Report of the Indian Hemp Drugs Commission, 1894-1895 - Volume VII
Year: 1894
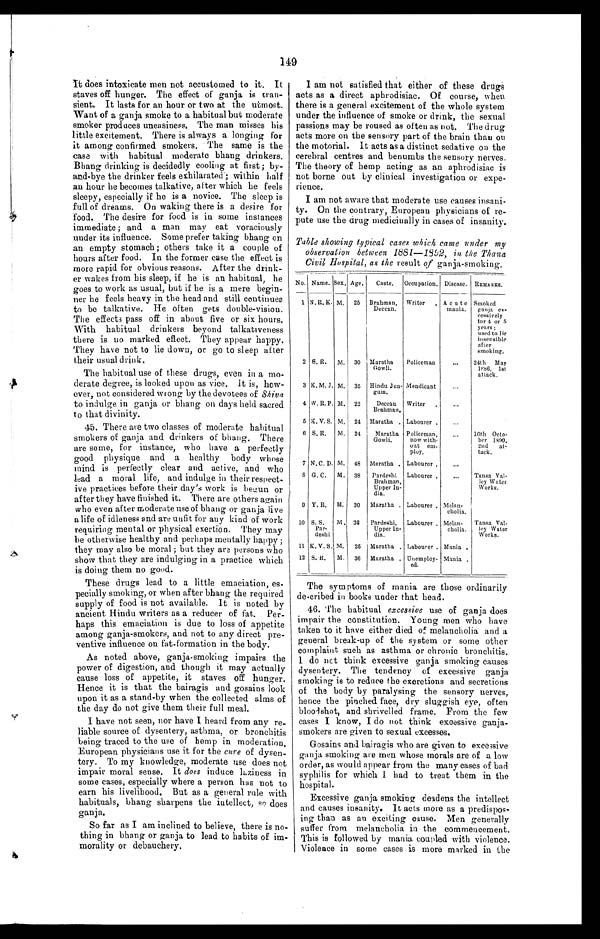
45. There are two classes of moderate habitual
smokers of ganja and drinkers of bhang. There
are some, for instance, who have a perfectly
good physique and a healthy body whose
mind is perfectly clear and active, and who
lead a moral life, and indulge in their respect-
ive practices before their day's work is begun or
after they have finished it. There are others again
who even after moderate use of bhang or ganja live
a life of idleness and are unfit for any kind of work
requiring mental or physical exertion. They may
be otherwise healthy and perhaps mentally happy ;
they may also be moral ; but they are persons who
show that they are indulging in a practice which
is doing them no good.
These drugs lead to a little emaciation, es-
pecially smoking, or when after bhang the required
supply of food is not available. It is noted by
ancient Hindu writers as a reducer of fat. Per-
haps this emaciation is due to loss of appetite
among ganja-smokers, and not to any direct pre-
ventive influence on fat-formation in the body.
As noted above, ganja-smoking impairs the
power of digestion, and though it may actually
cause loss of appetite, it staves off hunger.
Hence it is that the bairagis and gosains look
upon it as a stand-by when the collected alms of
the day do not give them their full meal.
I have not seen, nor have I heard from any re-
liable source of dysentery, asthma, or bronchitis
being traced to the use of hemp in moderation.
European physicians use it for the cure of dysen
-
tery. To my knowledge, moderate use does not
impair moral sense. It does induce laziness in
some cases, especially where a person has not to
earn his livelihood. But as a general rule with
habituals, bhang sharpens the intellect, so does
ganja.
So far as I am inclined to believe, there is no-
thing in bhang or ganja to lead to habits of im-
morality or debauchery.
149
It does intoxicate men not accustomed to it. It
staves off hunger. The effect of ganja is tran-
sient. It lasts for an hour or two at the utmost.
Want of a ganja smoke to a habitual but moderate
smoker produces uneasiness. The man misses his
little excitement. There is always a longing for
it among confirmed smokers. The same is the
case with habitual moderate bhang drinkers.
Bhang drinking is decidedly cooling at first; by-
and-bye the drinker feels exhilarated; within half
an hour he becomes talkative, after which he feels
sleepy, especially if he is a novice. The sleep is
full of dreams. On waking there is a desire for
food. The desire for food is in some instances
immediate ; and a man may eat voraciously
under its influence. Some prefer taking bhang on
an empty stomach ; others take it a couple of
hours after food. In the former case the effect is
more rapid for obvious reasons. After the drink-
er wakes from his sleep, if he is an habitual, he
goes to work as usual, but if he is a mere begin-
ner be feels heavy in. the head and still continues
to be talkative. He often gets double-vision.
The effects pass off in about five or six hours.
With habitual drinkers beyond talkativeness
there is no marked effect. They appear happy.
They have not to lie down, or go to sleep after
their usual drink.
The habitual use of these drugs, even in a mo-
derate degree, is looked upon as vice. It is, how-
ever, not considered wrong by the devotees of Shiva
to indulge in ganja or bhang on days held sacred
to that divinity.
I am not satisfied that either of these drug s
acts as a direct aphrodisiac. Of course, when
there is a general excitement of the whole system
under the influence of smoke or drink, the sexual
passions may be roused as often as not. The drug
acts more on the sensory part of the brain than on
the motorial. It acts as a distinct sedative on the
cerebral centres and benumbs the sensory nerves.
The theory of hemp acting as an aphrodisiac is
not borne out by clinical investigation or expe-
rience.
I am not aware that moderate use causes insani-
ty. On the contrary, European physicians of re-
pute use the drug medicinally in cases of insanity.
Table showing typical cases which came under my
observation between 1881–1892, in the Thana
Civil Hospital, as the result of ganja-smoking.
No. Name. Sex. A g e .
Caste.
Occupation. Disease. REMARKS.
1 N. R. K. M.
25 Brahman,
Deccan.
Writer. A cute
mania.
Smoked
ganja ex
-
cessively
f or 4 or 5
years ;
used to lie
insensible
after
smoking.
2 S. R.
M. 30 Maratha
Gowli.
Policeman
...
24th May
188 6, 1s
t a t t a c k .
3 K. M. J. M. 35 Hindu Jun
-
gum.
Mendicant
...
4 W. R. P. M. 22
Deccan
Brahman.
Writer
...
5 K. V. S. M. 24 Maratha . Labourer .
...
6 S. R.
M.
34
Maratha
Gowli.
Policeman,
now with
-
out e
m
-
ploy.
...
10th Octo
-
ber 1890.
dud at
-
tack.
7 N. C. D. M. 48 Maratha . Labourer .
...
8 G. C.
M. 38
Pardeshi ,
Brahman,
Upper In
-
dia.
Labourer .
. . .
Tansa Val
-l
cy Water
Works.
9 Y. R.
M.
30
Maratha . Labourer . Melan
-
cholia.
10 S. S.
Par
-
deshi
M. 36
Pardeshi,
Upper In
-
dia.
Labourer . Melan
-
cholia.
Tansa Val
-
ley Water
Works.
11 K. V. S. M.
25 Maratha . Labourer . Mania .
12 S. R.
M.
36 Maratha . Unemploy
-
ed.
Mania .
The symptoms of mania are those ordinarily
described in books under that head.
46. The habitual excessive use of ganja does
impair the constitution. Young men who have
taken to it have either died of melancholia and a
general break-up of the system or some other
complaint such as asthma or chronic bronchitis.
I d o n o t t h i n k e x c e s s i v e g a n j a s m o k i n g c a u s e s
dysentery. The tendency of excessive ganja
smoking is to reduce the excretions and secretions
of the body by paralysing the sensory nerves,
hence the pinched face, dry sluggish eye, often
bloodshot, and shrivelled frame. From the few
cases I know, I do not think excessive ganja-
smokers are given to sexual excesses.
Gosains and bairagis who are given to excessive
ganja smoking are men whose morals are of a low
order, as would appear from the many cases of bad
syphilis for which I had to treat them in the
hospital.
Excessive ganja smoking deadens the intellect
and causes insanity. It acts more as a predispos-
ing than as an exciting cause. Men generally
suffer from melancholia in the commencement.
This is followed by mania coupled with violence.
Violence in some cases is more marked in the